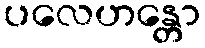
ပလေဟန္တော